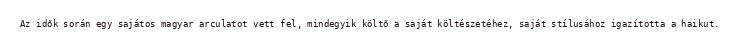
Az idők során egy sajátos magyar arculatot vett fel, mindegyik költő a saját költészetéhez, saját stílusához igazította a haikut.